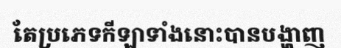
តែប្រភេទកីឡាទាំងនោះបានបង្ហាញ